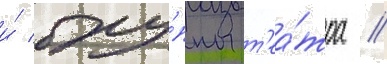
и́ тру́ппы т'еа́тра //